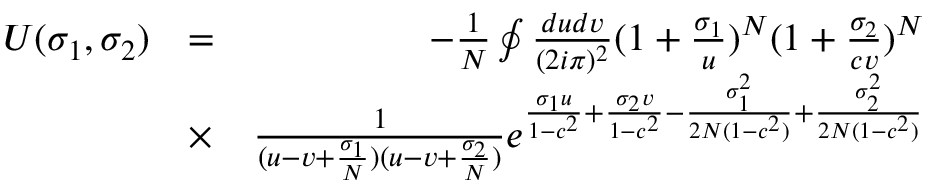
\begin{array} { r l r } { U ( \sigma _ { 1 } , \sigma _ { 2 } ) } & { = } & { - \frac { 1 } { N } \oint \frac { d u d v } { ( 2 i \pi ) ^ { 2 } } ( 1 + \frac { \sigma _ { 1 } } { u } ) ^ { N } ( 1 + \frac { \sigma _ { 2 } } { c v } ) ^ { N } } \\ & { \times } & { \frac { 1 } { ( u - v + \frac { \sigma _ { 1 } } { N } ) ( u - v + \frac { \sigma _ { 2 } } { N } ) } e ^ { \frac { \sigma _ { 1 } u } { 1 - c ^ { 2 } } + \frac { \sigma _ { 2 } v } { 1 - c ^ { 2 } } - \frac { \sigma _ { 1 } ^ { 2 } } { 2 N ( 1 - c ^ { 2 } ) } + \frac { \sigma _ { 2 } ^ { 2 } } { 2 N ( 1 - c ^ { 2 } ) } } } \end{array}